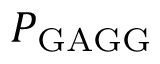
P _ { \mathrm { G A G G } }